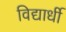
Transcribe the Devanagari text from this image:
विद्यार्धी